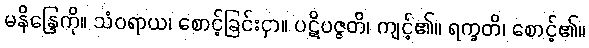
မနိန္ဒြေကို။ သံဝရာယ၊ စောင့်ခြင်းငှာ။ ပဋိပဇ္ဇတိ၊ ကျင့်၏။ ရက္ခတိ၊ စောင့်၏။